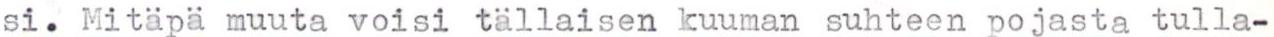
si. Mitäpä muuta voisi tällaisen kuuman suhteen pojasta tulla-